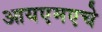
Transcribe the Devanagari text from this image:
आयएमएचे